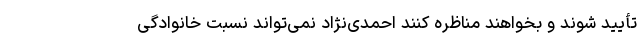
تأیید شوند و بخواهند مناظره کنند احمدی‌نژاد نمی‌تواند نسبت خانوادگی